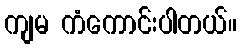
ကျမ ကံကောင်းပါတယ်။